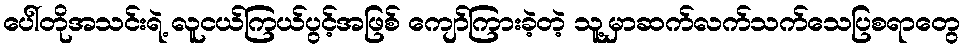
ပေါ်တိုအသင်းရဲ့ လူငယ်ကြယ်ပွင့်အဖြစ် ကျော်ကြားခဲ့တဲ့ သူ့မှာဆက်လက်သက်သေပြစရာတွေ